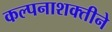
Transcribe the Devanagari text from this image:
कल्पनाशक्तीने